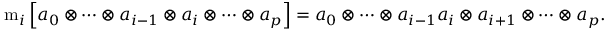
\mathrm { m } _ { i } \left[ a _ { 0 } \otimes \cdots \otimes a _ { i - 1 } \otimes a _ { i } \otimes \cdots \otimes a _ { p } \right] = a _ { 0 } \otimes \cdots \otimes a _ { i - 1 } a _ { i } \otimes a _ { i + 1 } \otimes \cdots \otimes a _ { p } .